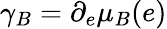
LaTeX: \gamma_{B}=\partial_{e}\mu_{B}(e)